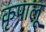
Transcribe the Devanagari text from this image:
कृपालू